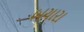
બચારા